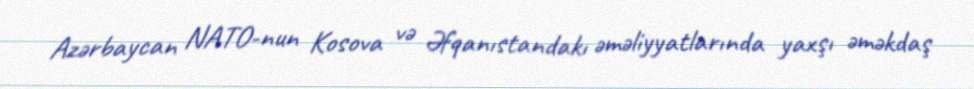
Azərbaycan NATO-nun Kosova və Əfqanıstandakı əməliyyatlarında yaxşı əməkdaş